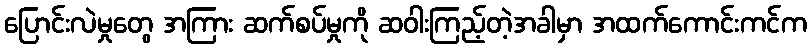
ပြောင်းလဲမှုတွေ အကြား ဆက်စပ်မှုကို ဆဝါးကြည့်တဲ့အခါမှာ အထက်ကောင်းကင်က